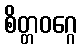
စိတ္တဝဂ္ဂေ